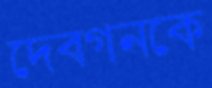
দেবগনকে